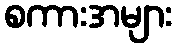
စကားအများ